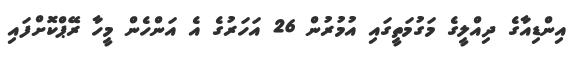
އިންޑިއާގެ ދިއްލީގެ މަގުމަތީގައި އުމުރުން 26 އަހަރުގެ އެ އަންހެން މީހާ ރޭޕްކޮށްފައި